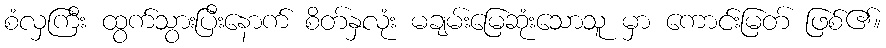
စံလှကြီး ထွက်သွားပြီးနောက် စိတ်နှလုံး မချမ်းမြေဆုံးသောသူ မှာ ကောင်းမြတ် ဖြစ်၏။